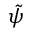
\tilde { \psi }